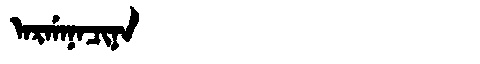
Manchu: ᠠᡵᡤᠠᠨᠠᠴᡳᠨᠠ
Romanization: ARGANACINA